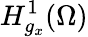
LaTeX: H_{g_{x}}^{1}(\Omega)